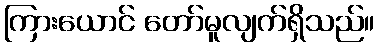
ကြားယောင် တော်မူလျက်ရှိသည်။